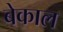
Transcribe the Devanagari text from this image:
बेकाल